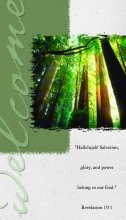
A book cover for Welcome Hallelujah Pew Card; Christian Books & Bibles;